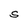
Character: S